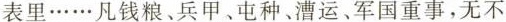
表里\cdots\cdots凡钱粮、兵甲、屯种、漕运、军国重事，无不